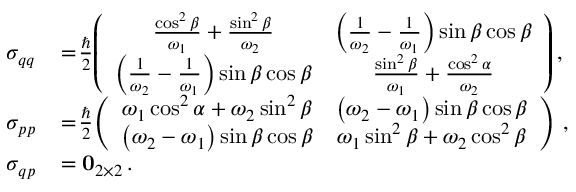
\begin{array} { r l } { \sigma _ { q q } } & { { } \! = \! \frac { \hbar } { 2 } \! \left( \begin{array} { c c } { \frac { \cos ^ { 2 } \beta } { \omega _ { 1 } } + \frac { \sin ^ { 2 } \beta } { \omega _ { 2 } } } & { \left( \frac { 1 } { \omega _ { 2 } } - \frac { 1 } { \omega _ { 1 } } \right) \sin \beta \cos \beta } \\ { \left( \frac { 1 } { \omega _ { 2 } } - \frac { 1 } { \omega _ { 1 } } \right) \sin \beta \cos \beta } & { \frac { \sin ^ { 2 } \beta } { \omega _ { 1 } } + \frac { \cos ^ { 2 } \alpha } { \omega _ { 2 } } } \end{array} \right) , } \\ { \sigma _ { p p } } & { { } \! = \! \frac { \hbar } { 2 } \! \left( \begin{array} { c c } { \omega _ { 1 } \cos ^ { 2 } \alpha + \omega _ { 2 } \sin ^ { 2 } \beta } & { \left( \omega _ { 2 } - \omega _ { 1 } \right) \sin \beta \cos \beta } \\ { \left( \omega _ { 2 } - \omega _ { 1 } \right) \sin \beta \cos \beta } & { \omega _ { 1 } \sin ^ { 2 } \beta + \omega _ { 2 } \cos ^ { 2 } \beta } \end{array} \right) \, , } \\ { \sigma _ { q p } } & { { } \! = \mathbf { 0 } _ { 2 \times 2 } \, . } \end{array}